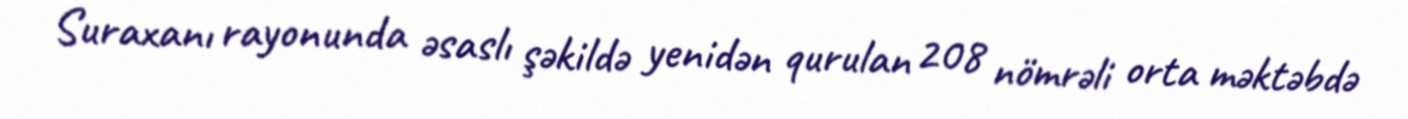
Suraxanı rayonunda əsaslı şəkildə yenidən qurulan 208 nömrəli orta məktəbdə